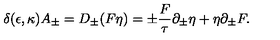
\delta ( \epsilon , \kappa ) A _ { \pm } = D _ { \pm } ( F \eta ) = \pm { \frac { F } { \tau } } \partial _ { \pm } \eta + \eta \partial _ { \pm } F .